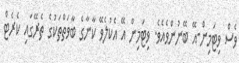
ވެސް ވިޓަމިން-އޭ ބޭނުންވެއެވެ. ވިޓަމިން އޭ އެކުލެވޭ ކާނާގެ ބާވަތްތަކުގެ ތެރޭގައި ކެރެޓް